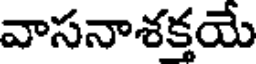
వాసనాశక్తయే